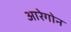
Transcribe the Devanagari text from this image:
आरेगोन